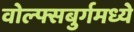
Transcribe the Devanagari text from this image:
वोल्फ्सबुर्गमध्ये